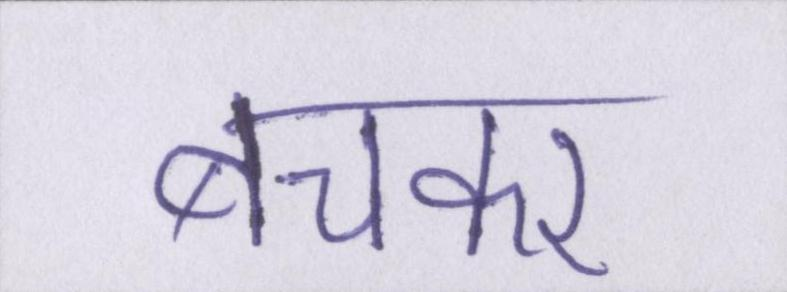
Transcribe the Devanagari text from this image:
बचकर